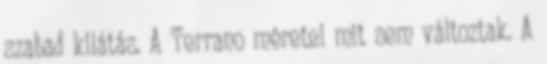
szabad kilátás. A Terrano méretei mit sem változtak. A